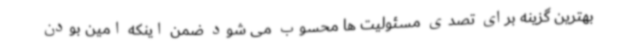
بهترین گزینه برای تصدی مسئولیت ها محسوب می شود ضمن اینکه امین بودن